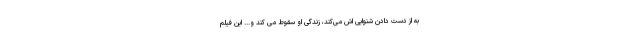
به از دست دادن شنوایی اش می‌کند، زندگی او سقوط می کند و... این فیلم